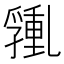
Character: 𰁑